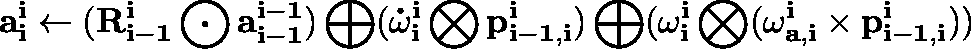
\mathbf { a _ { i } ^ { i } } \gets ( \mathbf { R _ { i - 1 } ^ { i } } \bigodot \mathbf { a _ { i - 1 } ^ { i - 1 } } ) \bigoplus ( \mathbf { \dot { \omega } _ { i } ^ { i } } \bigotimes \mathbf { p _ { i - 1 , i } ^ { i } } ) \bigoplus ( \mathbf { \omega _ { i } ^ { i } } \bigotimes ( \mathbf { \omega _ { a , i } ^ { i } } \times \mathbf { p _ { i - 1 , i } ^ { i } } ) )